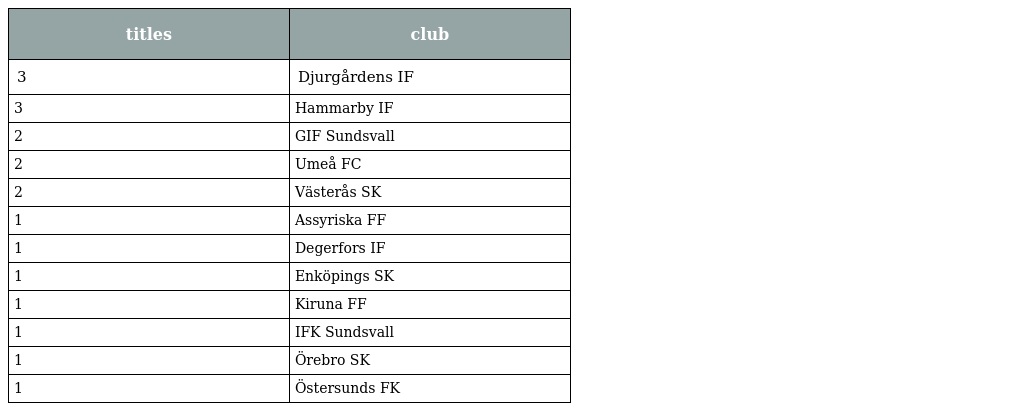
| titles | club |
 | --- | --- |
 | 3 | Djurgårdens IF |
 | 3 | Hammarby IF |
 | 2 | GIF Sundsvall |
 | 2 | Umeå FC |
 | 2 | Västerås SK |
 | 1 | Assyriska FF |
 | 1 | Degerfors IF |
 | 1 | Enköpings SK |
 | 1 | Kiruna FF |
 | 1 | IFK Sundsvall |
 | 1 | Örebro SK |
 | 1 | Östersunds FK |